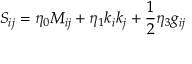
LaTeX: S _ { i j } = \eta _ { 0 } M _ { i j } + \eta _ { 1 } k _ { i } k _ { j } + { \frac { 1 } { 2 } } \eta _ { 3 } g _ { i j }